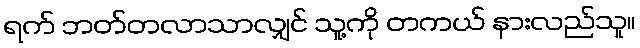
ရက် ဘတ်တလာသာလျှင် သူ့ကို တကယ် နားလည်သူ။